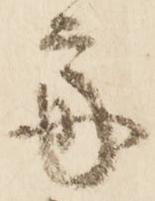
斎